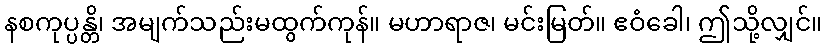
နစကုပ္ပန္တိ၊ အမျက်သည်းမထွက်ကုန်။ မဟာရာဇ၊ မင်းမြတ်။ ဧဝံခေါ၊ ဤသို့လျှင်။